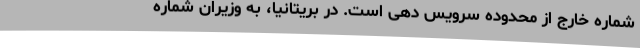
شماره خارج از محدوده سرویس دهی است. در بریتانیا، به وزیران شماره